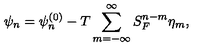
\psi _ { n } = \psi _ { n } ^ { \left( 0 \right) } - T \sum _ { m = - \infty } ^ { \infty } S _ { F } ^ { n - m } \eta _ { m } ,